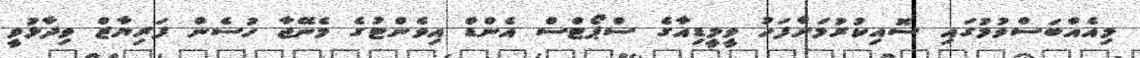
މިއެއްބަސްވުމުގައި ސޮއިކުރުމަށްފަހު ވީމީޑިއާގެ ސްޕޯޓްސް އެންޑް އިވެންޓުގެ މެނޭޖާ ހުސެން ފަރިޔާޒް ވިދާޅުވީ